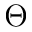
\Theta